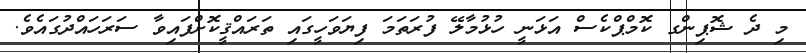
މި ދެ ޝޮޕިންގ ކޮމްޕްކެސް އަޅަނީ ހުޅުމާލޭ ފުރަތަމަ ފިޔަވަހީގައި ތަރައްޤީކޮށްފައިވާ ސަރަހައްދުގައެވެ.